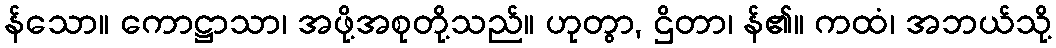
န်သော။ ကောဋ္ဌာသာ၊ အဖို့အစုတို့သည်။ ဟုတွာ, ဌိတာ၊ န်၏။ ကထံ၊ အဘယ်သို့